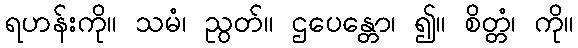
ရဟန်းကို။ သမံ၊ ညွတ်။ ဌပေန္တော၊ ၍။ စိတ္တံ၊ ကို။